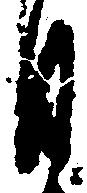
月